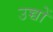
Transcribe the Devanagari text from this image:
उच्चों